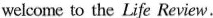
welcome to the Life Review.